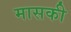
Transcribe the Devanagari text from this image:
मासकी